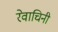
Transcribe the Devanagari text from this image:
रेवाचिनी